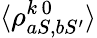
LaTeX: \langle\rho_{aS,bS^{\prime}}^{k\, 0}\rangle